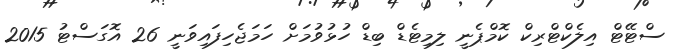
ސްޓޭޓް އިލެކްޓްރިކް ކޮމްޕެނީ ލިމިޓެޑް ބިޑް ހުޅުވުމަށް ހަމަޖެހިފައިވަނީ 26 އޮގަސްޓު 2015